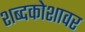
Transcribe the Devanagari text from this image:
शब्दकोशावर